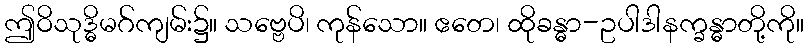
ဤဝိသုဒ္ဓိမဂ်ကျမ်း၌။ သဗ္ဗေပိ၊ ကုန်သော။ ဧတေ၊ ထိုခန္ဓာ-ဥပါဒါနက္ခန္ဓာတို့ကို။